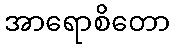
အာရောစိတော